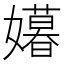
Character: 𫲍